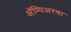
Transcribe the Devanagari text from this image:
ॲम्पिअरचा